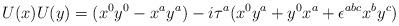
LaTeX: \begin{align*}U(x) U(y) = (x^0 y^0 - x^a y^a ) - i \tau^a ( x^0 y^a +y^0 x^a + \epsilon^{abc} x^b y^c )\end{align*}